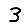
Digit: 3